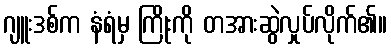
ဂျူးဒစ်က နံရံမှ ကြိုးကို တအားဆွဲလှုပ်လိုက်၏။